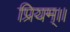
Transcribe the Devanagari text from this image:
प्रियम्।।